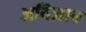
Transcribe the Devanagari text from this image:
अबिजान